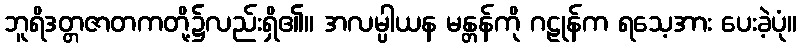
ဘူရိဒတ္တဇာတကတို့၌လည်းရှိ၏။ အလမ္ပါယန မန္တန်ကို ဂဠုန်က ရသေ့အား ပေးခဲ့ပုံ။